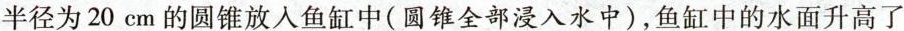
半径为20cm的圆锥放入鱼缸中(圆锥全部浸入水中)，鱼缸中的水面升高了